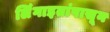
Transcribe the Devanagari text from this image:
लिंंगाइतांपासून